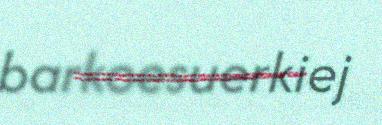
barkoesuerkiej